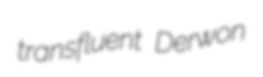
transfluent Derwon